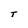
Character: T